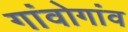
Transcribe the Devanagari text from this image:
गांवोगांव